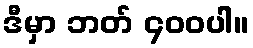
ဒီမှာ ဘတ် ၄၀၀ပါ။